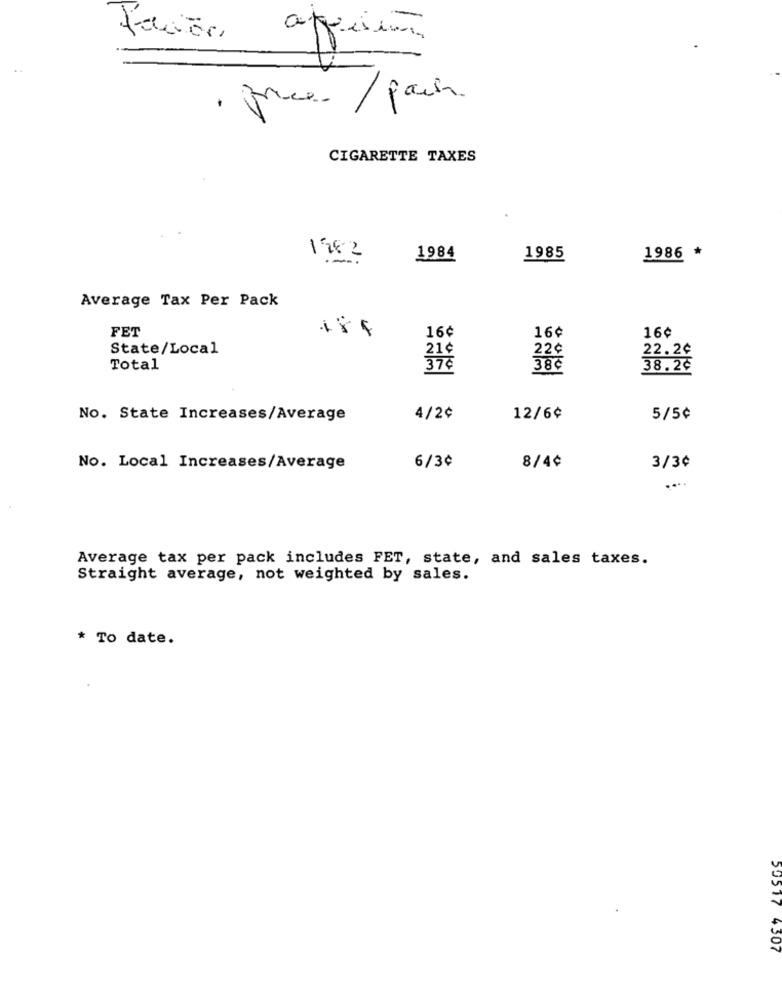
faciör
CIGARETTE TAXES
1282
1984
1985
1986 *
Average Tax Per Pack
FET
16¢
16¢
16¢
State/Local
22¢
22.2¢
21¢
Total
386
38.2€
No. State Increases/Average
4/2¢
12/6¢
5/5¢
6/3¢
8/4¢
No. Local Increases/Average
3/3¢
....
Average tax per pack includes FET, state, and sales taxes.
Straight average, not weighted by sales.
* To date.
50517 4307